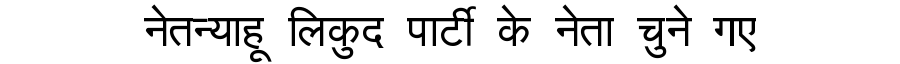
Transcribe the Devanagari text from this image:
नेतन्याहू लिकुद पार्टी के नेता चुने गए